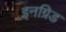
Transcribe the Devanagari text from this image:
इनग्रिड